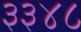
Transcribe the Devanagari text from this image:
३३४८